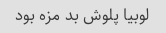
لوبیا پلوش بد مزه بود